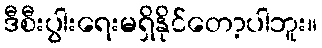
ဒီစီးပွါးရေးမရှိနိုင်တော့ပါဘူး။